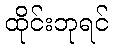
ထိုင်းဘုရင်